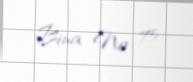
Bina № 75